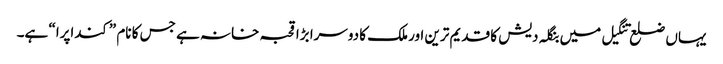
یہاں ضلع تنگیل میں بنگلہ دیش کا قدیم ترین اور ملک کا دوسرا بڑا قحبہ خانہ ہے جس کا نام ”کنداپرا“ ہے۔